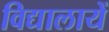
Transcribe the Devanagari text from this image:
विद्यालायें